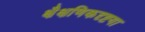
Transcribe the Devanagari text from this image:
क्षैक्षणिकदृष्टया